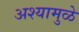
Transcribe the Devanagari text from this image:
अश्यामुळे